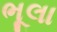
ભૂલા